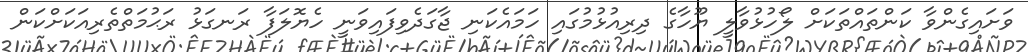
ވަށައިގެންވާ ކަންތައްތަކަށް ލޯހުޅުވާލީ ޔޫހާގެ ދިރިއުޅުމުގައި ހަމައެކަނި ޖާގަދެވިފައިވަނީ ހެޔޮލަފާ ރަނގަޅު ރަޙުމަތްތެރިއަކަށްކަން